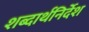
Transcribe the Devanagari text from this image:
शब्दार्थनिर्देश